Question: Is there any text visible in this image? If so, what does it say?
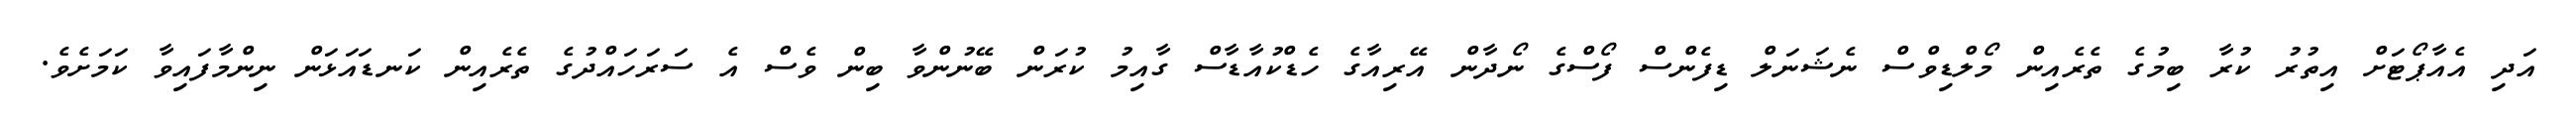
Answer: އަދި އެއާޕޯޓަށް އިތުރު ކުރާ ބިމުގެ ތެރެއިން މޯލްޑިވްސް ނެޝަނަލް ޑިފެންސް ފޯސްގެ ނޯދާން އޭރިއާގެ ހެޑްކުއާޑާސް ގާއިމު ކުރަން ބޭނުންވާ ބިން ވެސް އެ ސަރަހައްދުގެ ތެރެއިން ކަނޑައަޅަން ނިންމާފައިވާ ކަމަށެވެ.